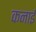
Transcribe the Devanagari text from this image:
कनाई